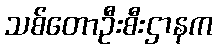
သစ်တောဦးစီးဌာနက